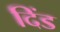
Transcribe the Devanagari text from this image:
दिंड